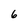
Character: 6